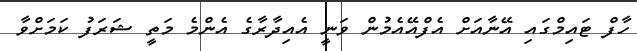
ހާފް ޓައިމްގައި އޭނާއަށް އެފްއޭއެމުން ވަނީ އެއިދާރާގެ އެންމެ މަތީ ޝަރަފު ކަމަށްވާ